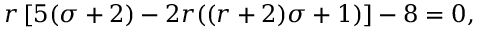
r \left[ 5 ( \sigma + 2 ) - 2 r ( ( r + 2 ) \sigma + 1 ) \right] - 8 = 0 ,